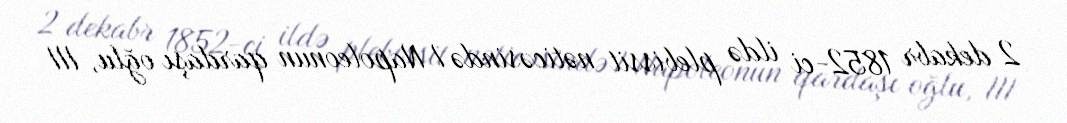
2 dekabr 1852-ci ildə plebissit nəticəsində I Napoleonun qardaşı oğlu, III